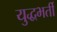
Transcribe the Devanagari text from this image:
युद्धभर्ती